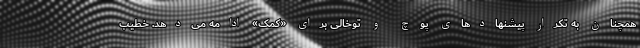
همچنان به تکرار پیشنهادهای پوچ و توخالی برای «کمک» ادامه می‌دهد. خطیب